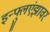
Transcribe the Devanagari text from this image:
इन्फ्लुएंझावर